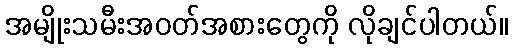
အမျိုးသမီးအဝတ်အစားတွေကို လိုချင်ပါတယ်။